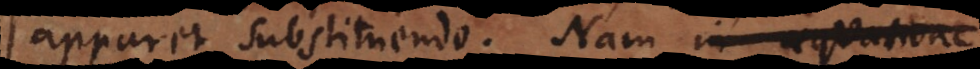
apparet substituendo. Nam in aequatione